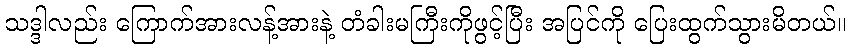
သဒ္ဒါလည်း ကြောက်အားလန့်အားနဲ့ တံခါးမကြီးကိုဖွင့်ပြီး အပြင်ကို ပြေးထွက်သွားမိတယ်။